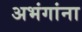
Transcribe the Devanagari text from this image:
अभंगांना